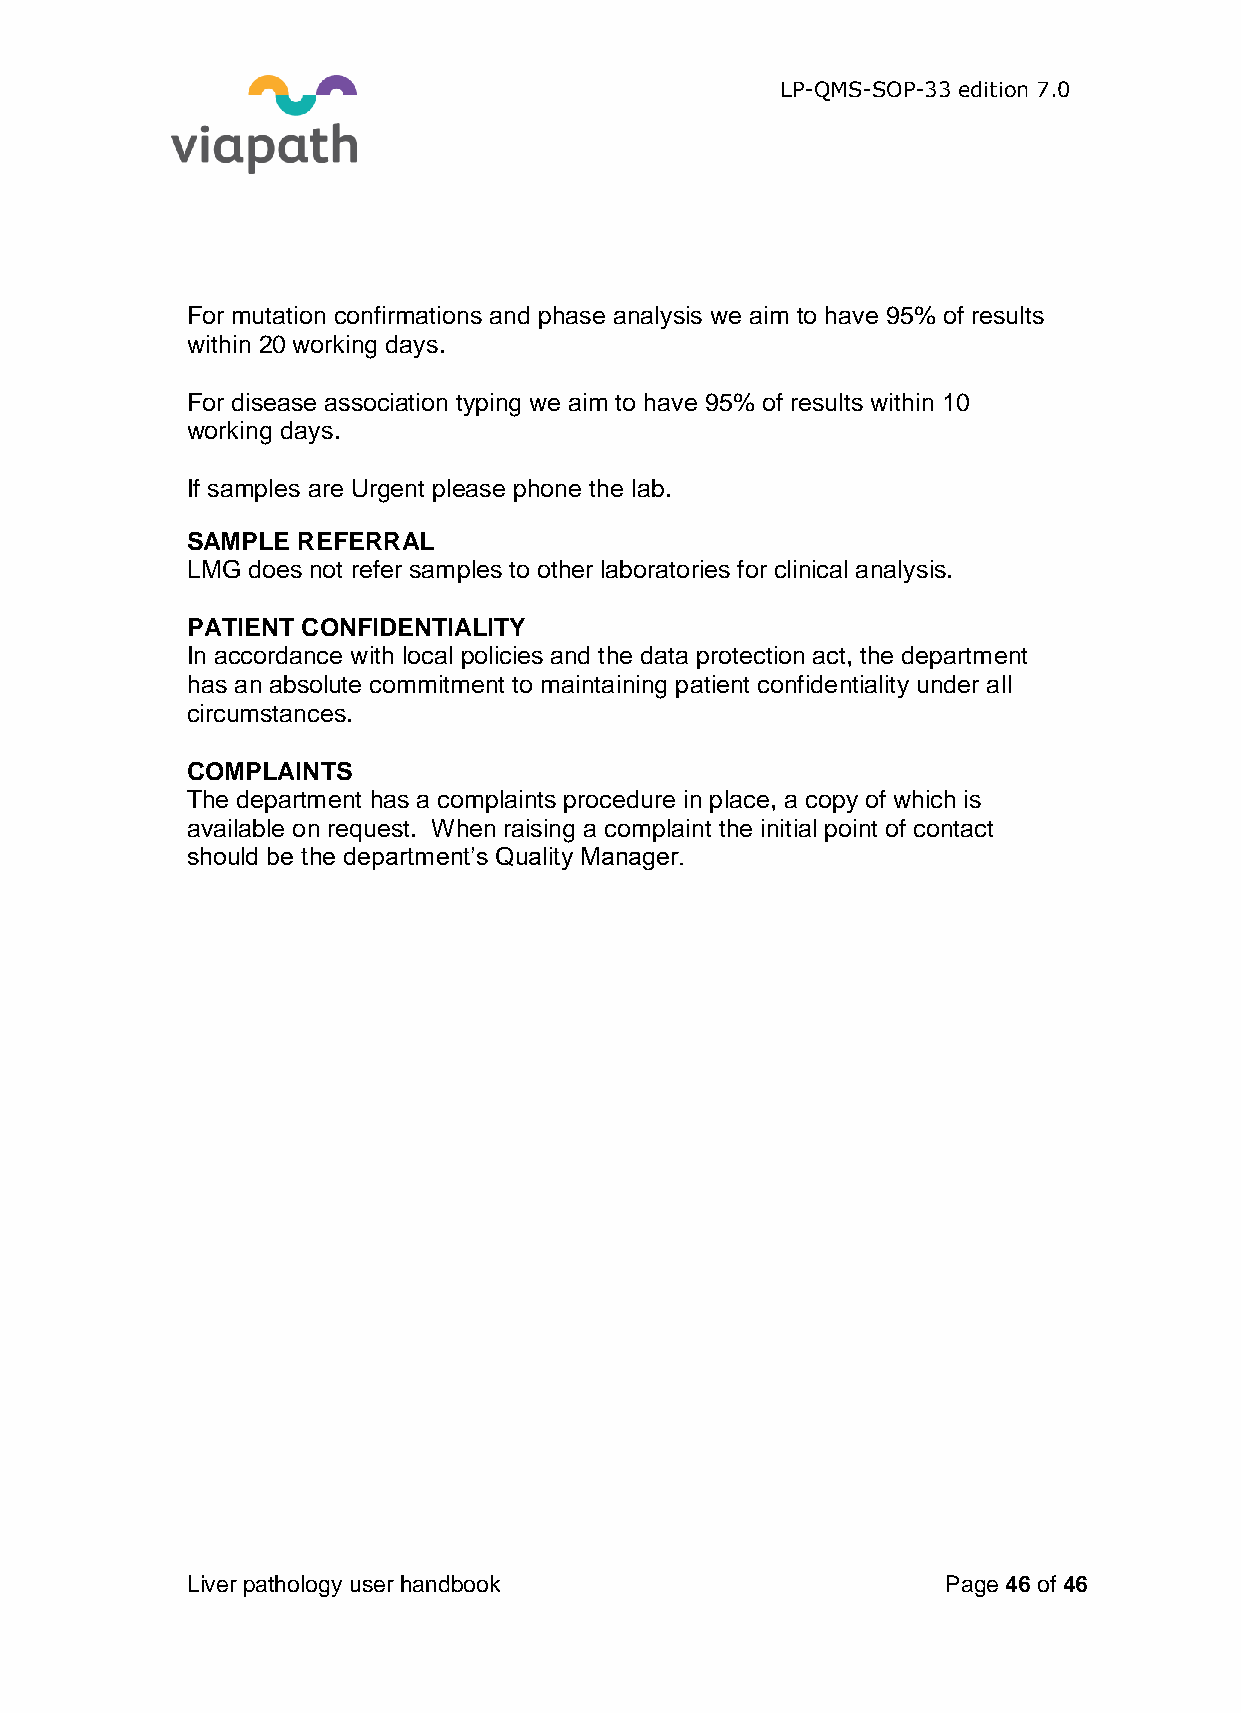
LP-QMS-SOP-33 edition 7.0
 For mutation confirmations and phase analysis we aim to have 95% of results
 within 20 working days.
 For disease association typing we aim to have 95% of results within 10
 working days.
 If samples are Urgent please phone the lab.
 SAMPLE  REFERRAL
 LMG does not refer samples to other laboratories for clinical analysis.
 PATIENT CONFIDENTIALITY
 In accordance with local policies and the data protection act, the department
 has an absolute commitment to maintaining patient confidentiality under all
 circumstances.
 COMPLAINTS
 The department has a complaints procedure in place, a copy of which is
 available on request. When raising a complaint the initial point of contact
 should be the department’s Quality Manager.
 Liver pathology user handbook                      Page 46 of 46